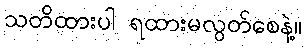
သတိထားပါ ရထားမလွတ်စေနဲ့။